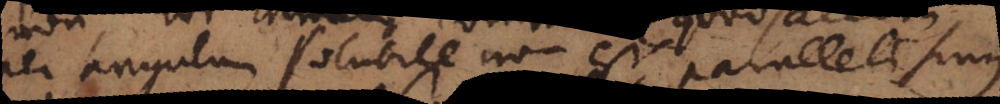
per angulum solubile non est, parallelismus